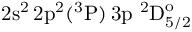
\mathrm { 2 s ^ { 2 } \, 2 p ^ { 2 } ( ^ { 3 } P ) \, 3 p ~ ^ { 2 } D _ { 5 / 2 } ^ { o } }